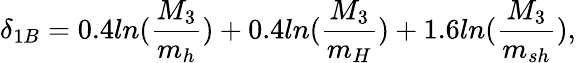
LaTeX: \delta_{1B}=0.4ln(\frac{M_{3}}{m_{h}})+0.4ln(\frac{M_{3}}{m_{H}})+1.6ln(\frac{M_{3}}{m_{sh}}),